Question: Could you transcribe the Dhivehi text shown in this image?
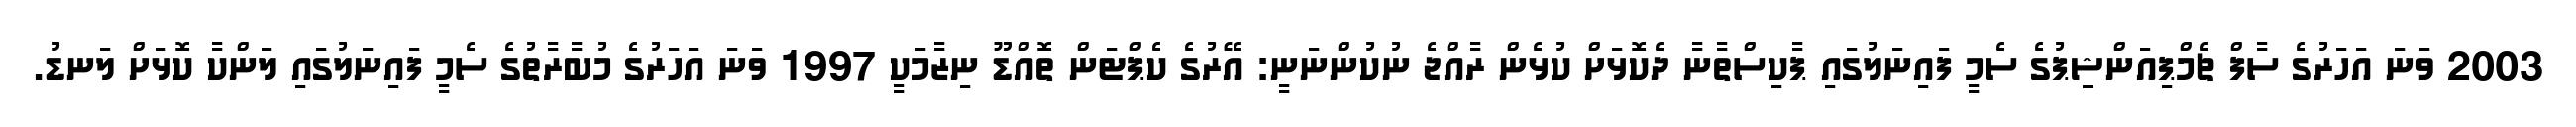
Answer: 2003 ވަނަ އަހަރުގެ ސާފް ޗެމްޕިއަންޝިޕުގެ ސެމީ ފައިނަލުގައި ޕާކިސްތާނާ ދެކޮޅަށް ކުޅެން ރާއްޖެ ނުކުންނަނީ: އޭރުގެ ކެޕްޓަން ތޮއްޑޫ ނިޒާމަކީ 1997 ވަނަ އަހަރުގެ މުބާރާތުގެ ސެމީ ފައިނަލުގައި ލަންކާ ކޮޅަށް ލަނޑު.